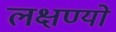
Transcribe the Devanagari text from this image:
लक्षण्यो